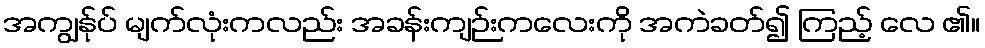
အကျွန်ုပ် မျက်လုံးကလည်း အခန်းကျဉ်းကလေးကို အကဲခတ်၍ ကြည့် လေ ၏။